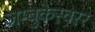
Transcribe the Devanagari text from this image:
जम्बुकेस्वरर